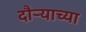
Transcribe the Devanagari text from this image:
दौऱ्याच्या